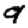
Digit: 9